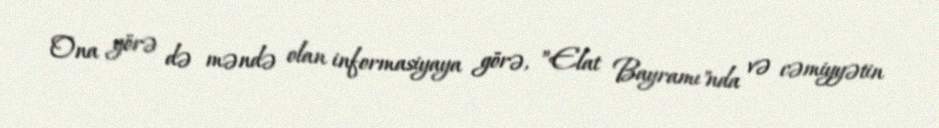
Ona görə də məndə olan informasiyaya görə, ”Elat Bayramı"nda və cəmiyyətin